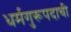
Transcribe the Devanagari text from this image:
धर्मगुरूपदाची